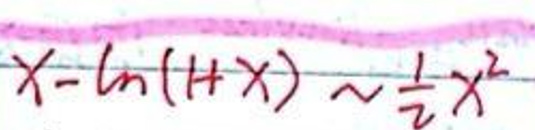
\[x - \ln(1 + x) \approx \frac{1}{2}x^2\]